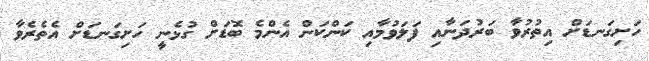
ހަށިގަނޑަށް އިތުރުވާ ބަރުދަނާއި ފަލަވުމާއި ކަންކަން އެންމެ ބޮޑަށް ގުޅެނީ ހަށިގަނޑަށް އެތެރެވާ